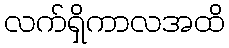
လက်ရှိကာလအထိ